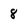
Character: 8